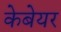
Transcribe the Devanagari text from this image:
केबेयर